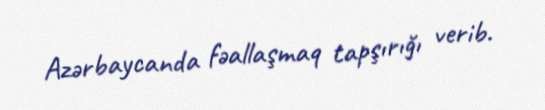
Azərbaycanda fəallaşmaq tapşırığı verib.